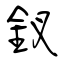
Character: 釵